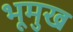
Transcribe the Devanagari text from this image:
भूमुख